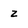
Character: z